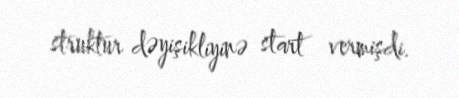
struktur dəyişikliyinə start vermişdi.